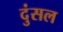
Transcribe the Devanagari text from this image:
दुंसल